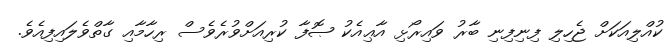
ކުއްލިއަކަށް ޖެހިލި ފިނިފިނި ބާރު ވައިރޯޅި އާޢިއެކު ޞޮފާ ކުރިއަށްވުރެވެސް ރިހާމާއި ގާތްވެލައިފިއެވެ.